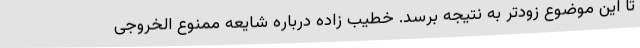
تا این موضوع زودتر به نتیجه برسد. خطیب زاده درباره شایعه ممنوع الخروجی